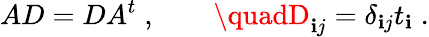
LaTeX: AD=DA^{t}\; ,\quad\quad\quadD_{\mathbf{i}j}=\delta_{\mathbf{i}j}t_{\mathbf{i}}\; .